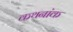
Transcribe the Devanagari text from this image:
कथनांक